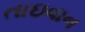
તાઇવાન